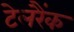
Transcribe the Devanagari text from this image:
टेलरैंक